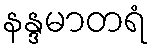
နန္ဒမာတရံ